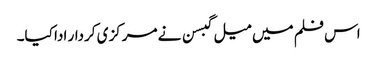
اس فلم میں میل گبسن نے مرکزی کردار ادا کیا۔